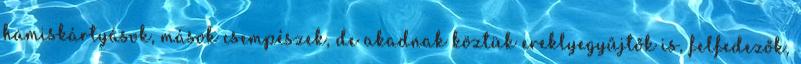
hamiskártyások, mások csempészek, de akadnak köztük ereklyegyűjtők is, felfedezők,